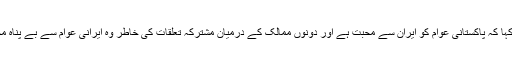
انہوں نے مزید کہا کہ پاکستانی عوام کو ایران سے محبت ہے اور دونوں ممالک کے درمیان مشترکہ تعلقات کی خاطر وہ ایرانی عوام سے بے پناہ محبت کرتے ہیں۔